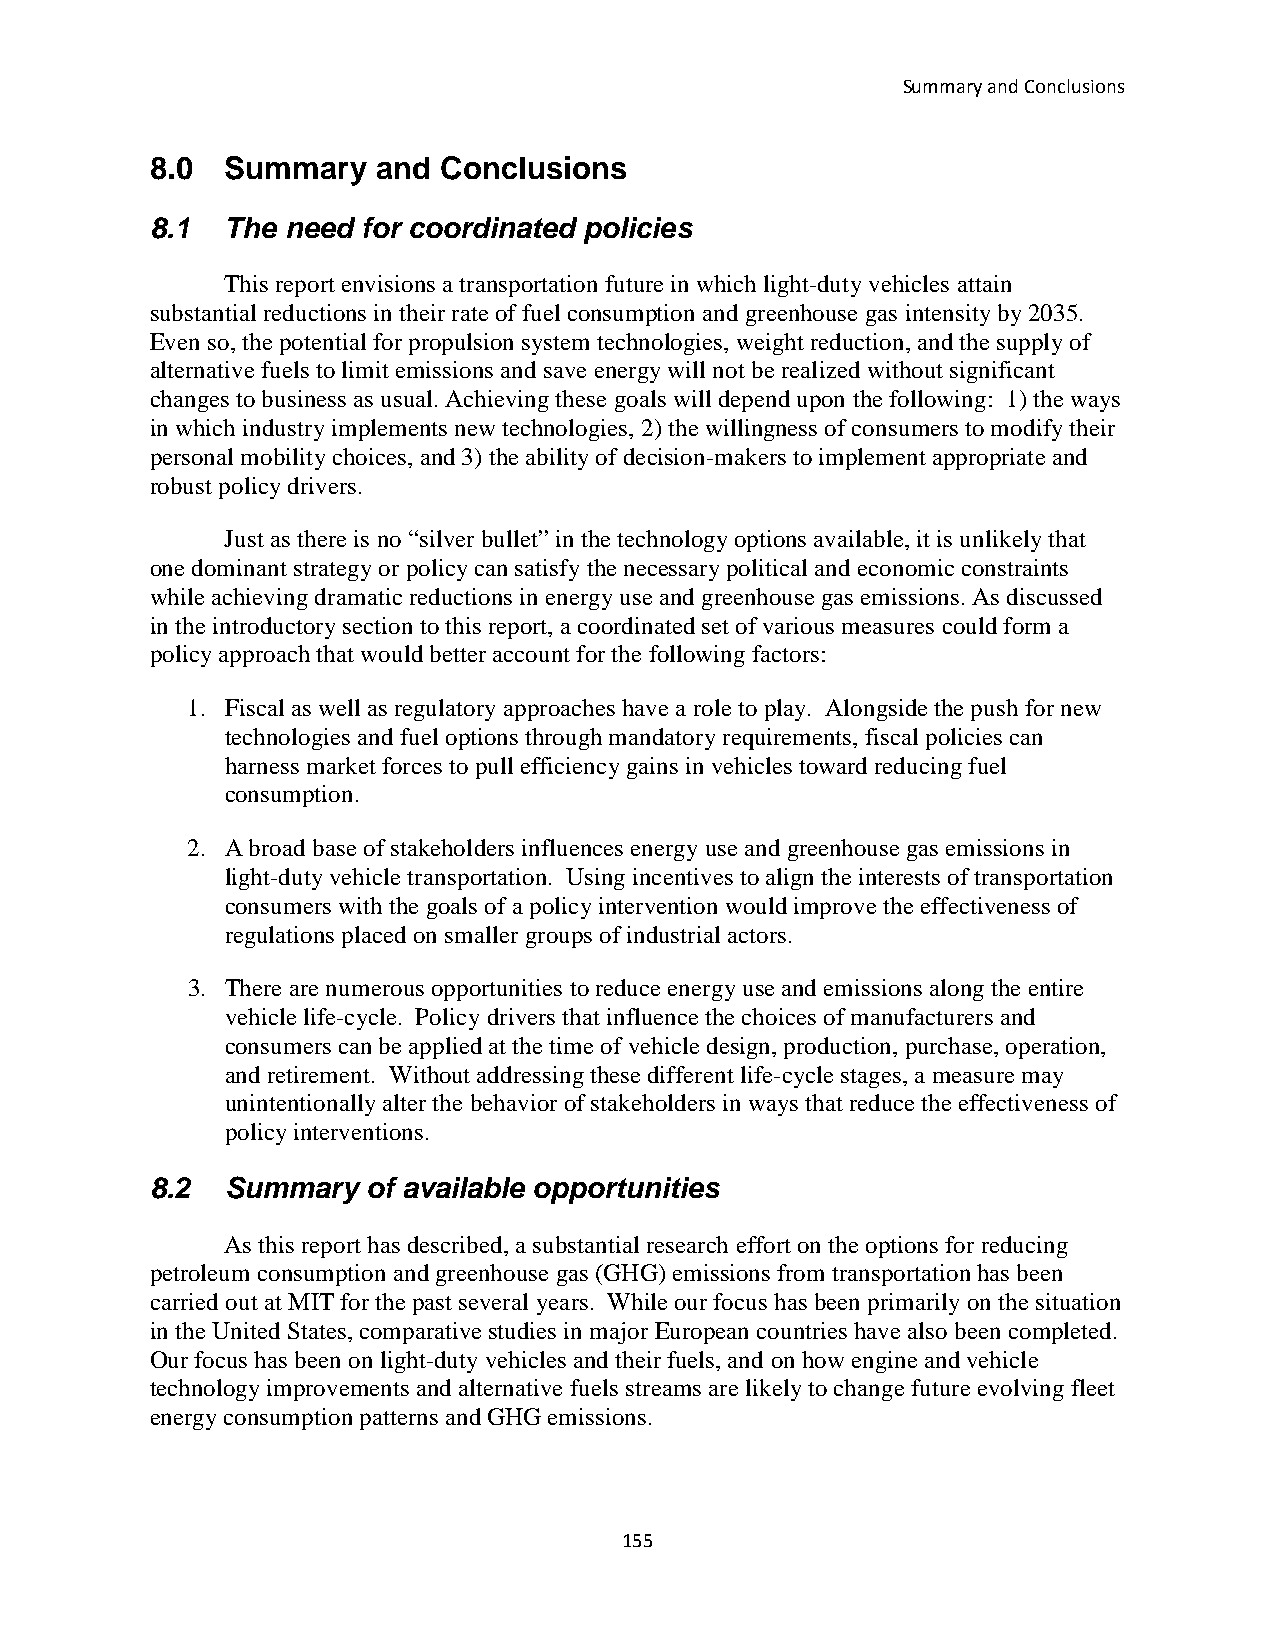
Summary and Conclusions
 8.0  Summary   and Conclusions
 8.1  The need for coordinated policies
 This report envisions a transportation future in which light-duty vehicles attain
 substantial reductions in their rate of fuel consumption and greenhouse gas intensity by 2035.
 Even so, the potential for propulsion system technologies, weight reduction, and the supply of
 alternative fuels to limit emissions and save energy will not be realized without significant
 changes to business as usual. Achieving these goals will depend upon the following: 1) the ways
 in which industry implements new technologies, 2) the willingness of consumers to modify their
 personal mobility choices, and 3) the ability of decision-makers to implement appropriate and
 robust policy drivers.
 Just as there is no “silver bullet” in the technology options available, it is unlikely that
 one dominant strategy or policy can satisfy the necessary political and economic constraints
 while achieving dramatic reductions in energy use and greenhouse gas emissions. As discussed
 in the introductory section to this report, a coordinated set of various measures could form a
 policy approach that would better account for the following factors:
 1. Fiscal as well as regulatory approaches have a role to play. Alongside the push for new
 technologies and fuel options through mandatory requirements, fiscal policies can
 harness market forces to pull efficiency gains in vehicles toward reducing fuel
 consumption.
 2. A broad base of stakeholders influences energy use and greenhouse gas emissions in
 light-duty vehicle transportation. Using incentives to align the interests of transportation
 consumers with the goals of a policy intervention would improve the effectiveness of
 regulations placed on smaller groups of industrial actors.
 3. There are numerous opportunities to reduce energy use and emissions along the entire
 vehicle life-cycle. Policy drivers that influence the choices of manufacturers and
 consumers can be applied at the time of vehicle design, production, purchase, operation,
 and retirement. Without addressing these different life-cycle stages, a measure may
 unintentionally alter the behavior of stakeholders in ways that reduce the effectiveness of
 policy interventions.
 8.2  Summary  of available opportunities
 As this report has described, a substantial research effort on the options for reducing
 petroleum consumption and greenhouse gas (GHG) emissions from transportation has been
 carried out at MIT for the past several years. While our focus has been primarily on the situation
 in the United States, comparative studies in major European countries have also been completed.
 Our focus has been on light-duty vehicles and their fuels, and on how engine and vehicle
 technology improvements and alternative fuels streams are likely to change future evolving fleet
 energy consumption patterns and GHG emissions.
 155